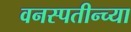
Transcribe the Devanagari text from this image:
वनस्पतीन्च्या